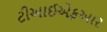
ટીઆઈએફઆર